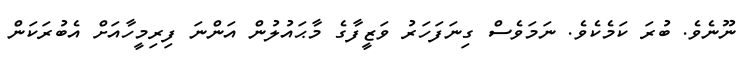
ނޫނެވެ. ބުރަ ކަމެކެވެ. ނަމަވެސް ގިނަފަހަރު ވަޒީފާގެ މާޙައުލުން އަންނަ ފިރިމީހާއަށް އެބުރަކަން